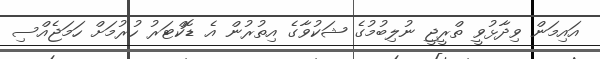
އައިމަން ވިދާޅުވީ ތްރީޖީ ނުލިބުމުގެ ޝަކުވާގެ އިތުރުން އެ ޑޮކްޓަރު ހުރުމަށް ހަމަޖެއްސި